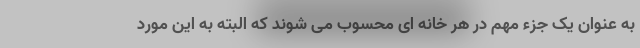
به عنوان یک جزء مهم در هر خانه ای محسوب می شوند که البته به این مورد